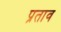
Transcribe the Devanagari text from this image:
प्रताव